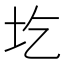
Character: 圪